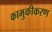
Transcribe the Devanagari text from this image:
कामुकीकरण